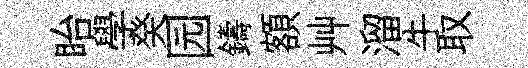
眙學癸园鑄額艸溜牛取